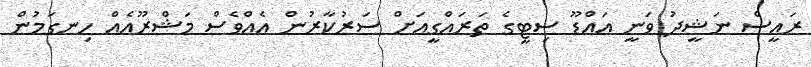
ރައީސް ނަޝީދު ވަނީ އައްޑޫ ސިޓީގެ ތަރައްގީއަށް ސަރުކާރުން އެއްވެސް މަޝްރޫއެއް ހިނގަމުން